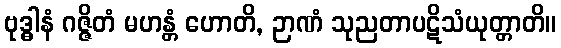
ဗုဒ္ဓါနံ ဂဇ္ဇိတံ မဟန္တံ ဟောတိ, ဉာဏံ သုညတာပဋိသံယုတ္တာတိ။